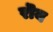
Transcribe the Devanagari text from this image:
रॊय